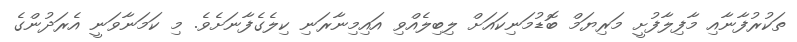
ތަކުރުފާނާއި މާފިލާފުށީ މަރިޔަމް ބޮޑުމަނިކައަށް ލިބިލެއްވި އައިމިނާރަނި ކިލެގެފާނަށެވެ. މި ކަމަނާވަނީ އެރަދުންގެ